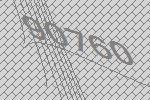
90760